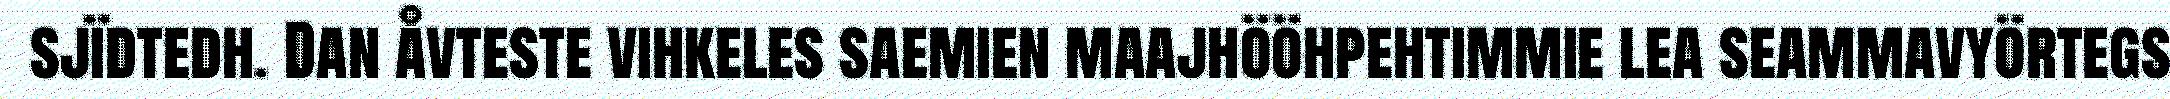
sjïdtedh. Dan åvteste vihkeles saemien maajhööhpehtimmie lea seammavyörtegs